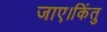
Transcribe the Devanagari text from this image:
जाए।किंतु